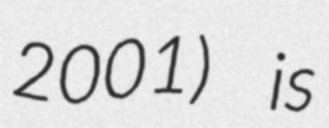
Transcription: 2001) is